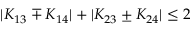
| K _ { 1 3 } \mp K _ { 1 4 } | + | K _ { 2 3 } \pm K _ { 2 4 } | \le 2